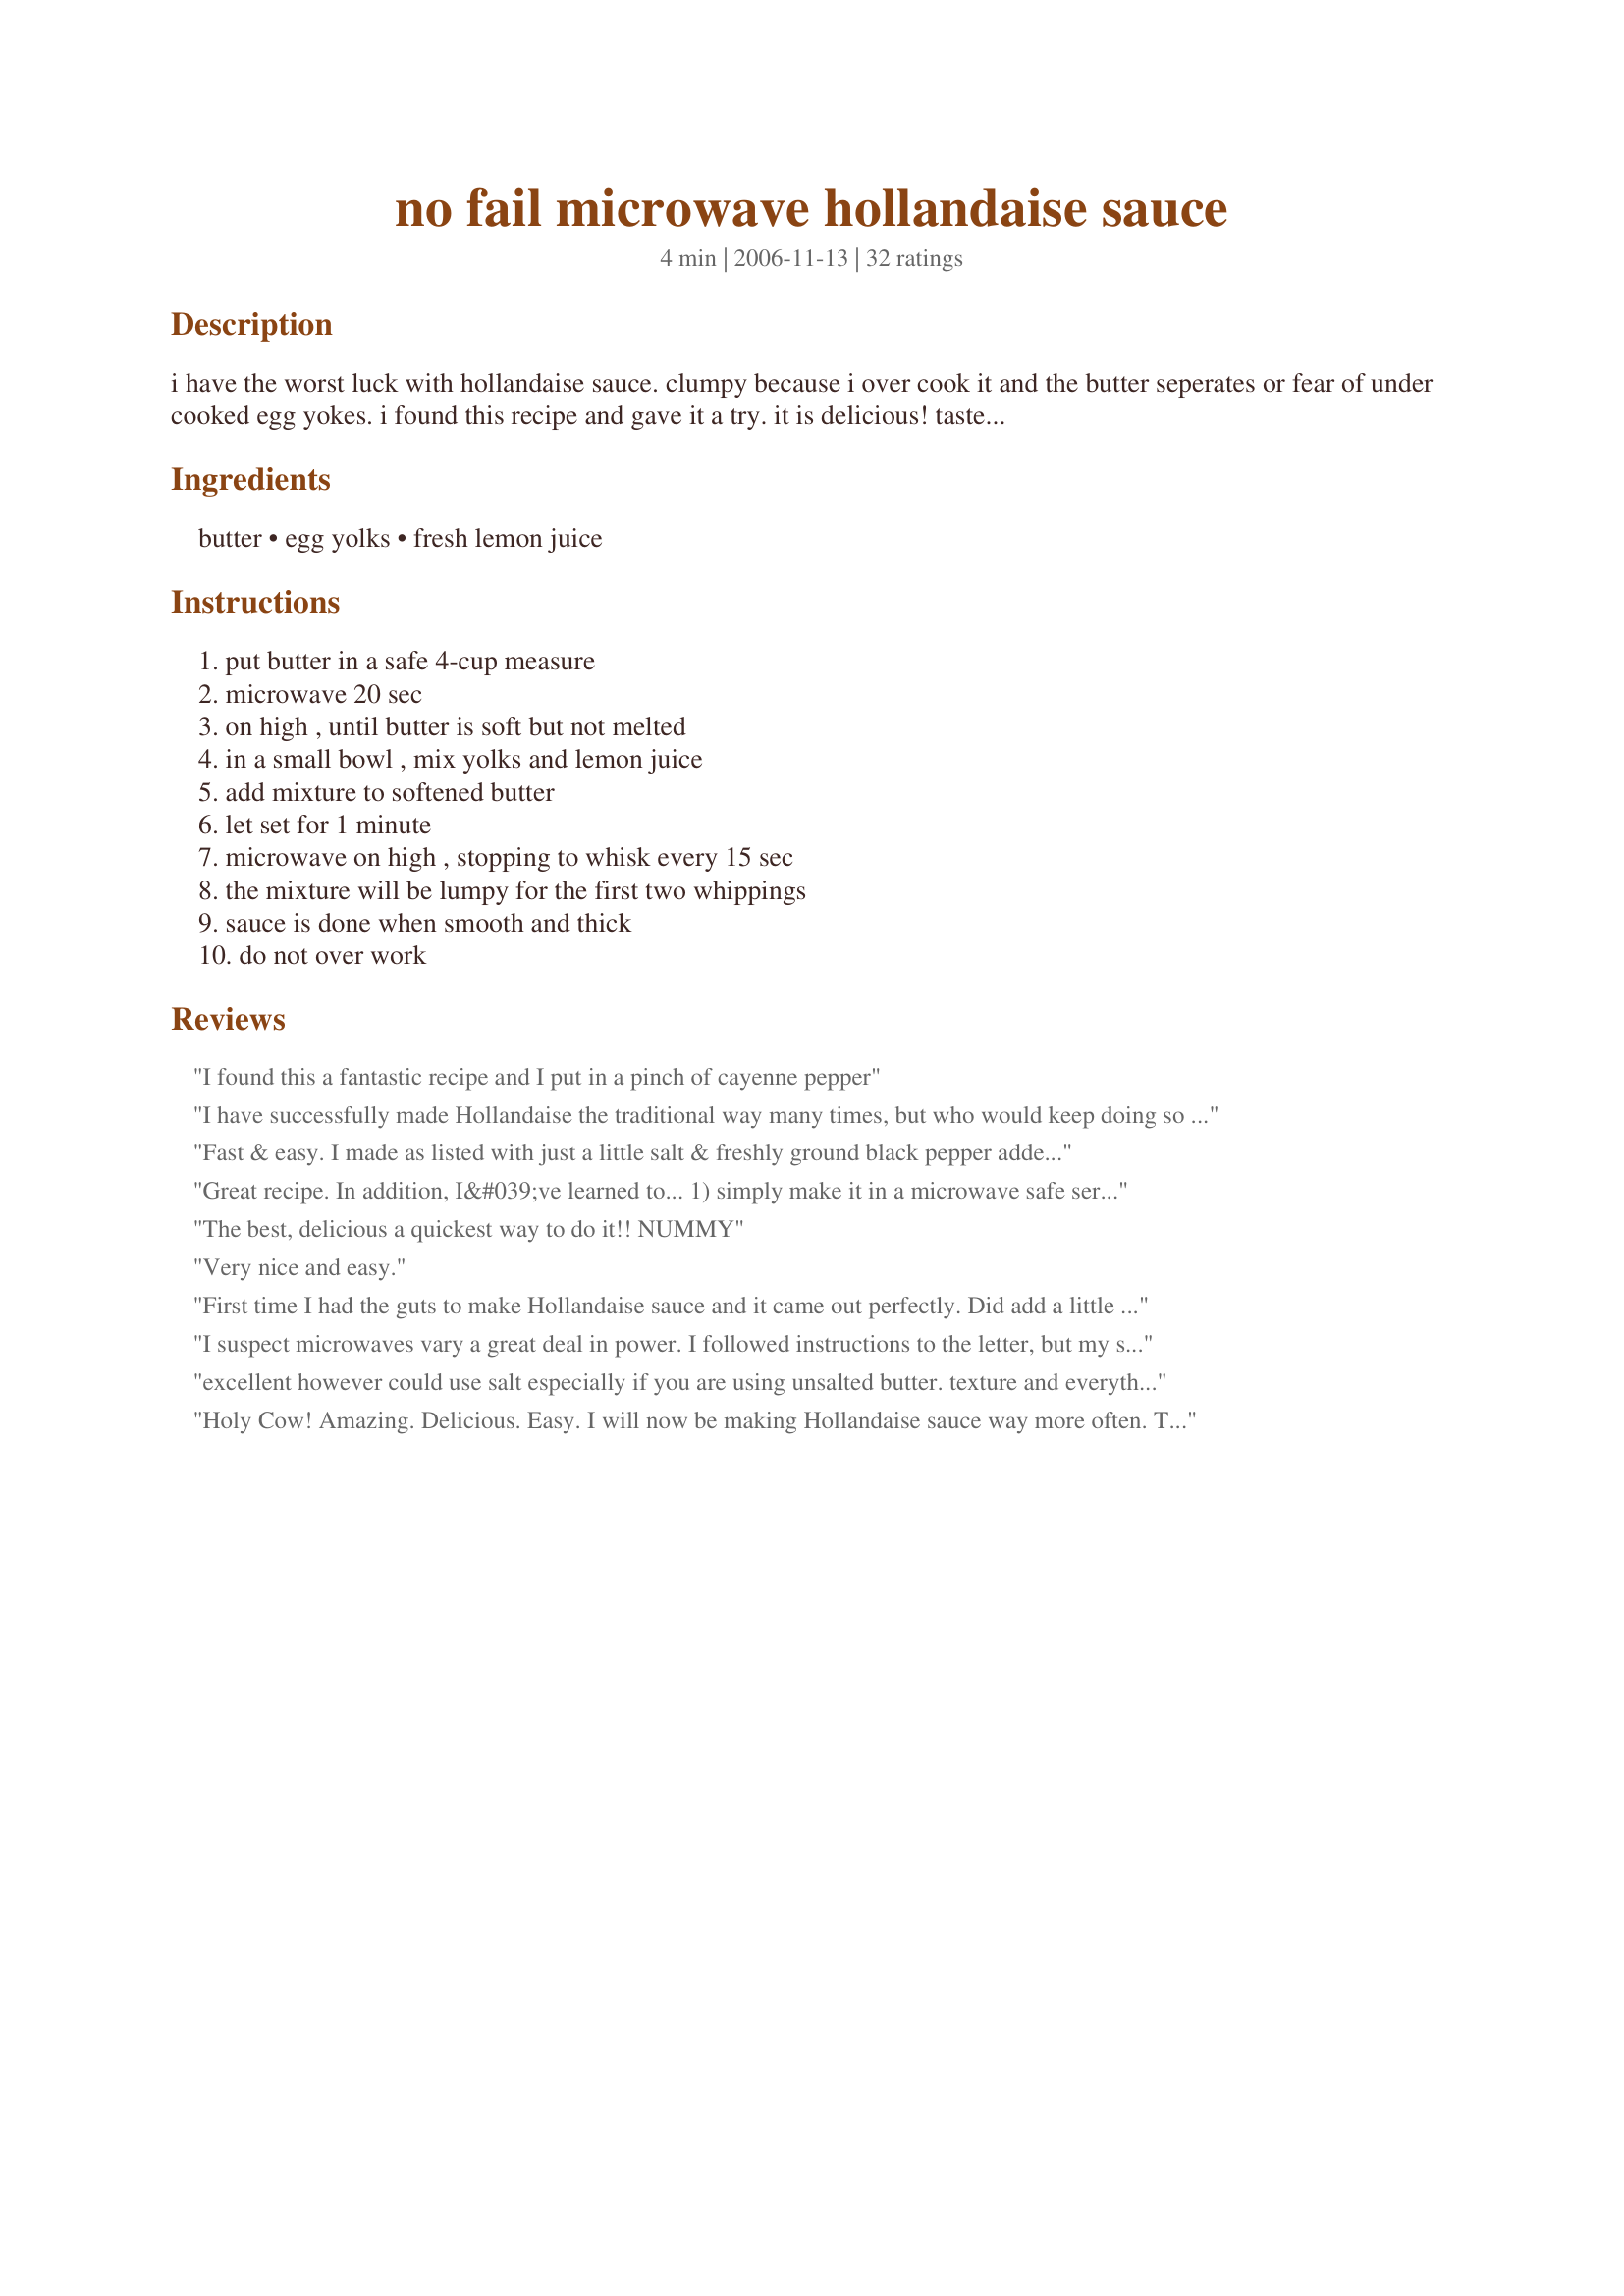
no fail microwave hollandaise sauce
Preparation time: 4 minutes

i have the worst luck with hollandaise sauce. clumpy because i over cook it and the butter seperates or fear of under cooked egg yokes. i found this recipe and gave it a try. it is delicious! tastes just like real sauce and so easy to make! just make sure you do not cook for more than 1 minute total!

Ingredients:
butter, egg yolks, fresh lemon juice

Steps:
put butter in a safe 4-cup measure, microwave 20 sec, on high , until butter is soft but not melted, in a small bowl , mix yolks and lemon juice, add mixture to softened butter, let set for 1 minute, microwave on high , stopping to whisk every 15 sec, the mixture will be lumpy for the first two whippings, sauce is done when smooth and thick, do not over work

Reviews:
I found this a fantastic recipe and I put in a pinch of cayenne pepper
I have successfully made Hollandaise the traditional way many times, but who would keep doing so after trying out this recipe? It takes 3mn, has never failed me (I have made it like 20 times!), tastes perfect (I do add a little salt and pepper), turns out smooth and satiny....I don&#039;t think I will ever make it the stovetop way again. Thank you for making my life easier. If you are reading the comments because you are unsure, doubt no longer and go get your microwave-safe bowl! :)
Fast & easy. I made as listed with just a little salt & freshly ground black pepper added to suit our taste with no problems. If it does separate just add a little boiling water & whisk it in and this should bring the mix back to creamy :)
A keeper in my book.
Great recipe. In addition, I&#039;ve learned to... 1) simply make it in a microwave safe serving dish, then straight to the table, 2) yes, don&#039;t let the butter fully melt, 3) add lemon directly to partially melted butter and stir w/ whisk (or fork*), 4) add egg yolks directly to mixture (since with addition of lemon it&#039;s now cool enough), 5) slowly warm for 3-5 minutes! at power level 1 (defrost). Stir and check half-way through then again at end--adding more time at power 1 as needed. *If all goes well, a fork is all the whisk you need. It works very well to cook 3/4 of the way through until it just starts to set, set aside until serving time, then zap it a little to finish, warm and serve.
The best, delicious a quickest way to do it!! NUMMY
Very nice and easy.
First time I had the guts to make Hollandaise sauce and it came out perfectly. Did add a little water so it wouldn't be lumpy, otherwise followed recipe. Used salted butter didn't need more salt<br/>thank u Jamie
I suspect microwaves vary a great deal in power. I followed instructions to the letter, but my sauce clumped and the butter separated. Good flavor though, so will try again, but stop at 30 seconds.
excellent however could use salt especially if you are using unsalted butter. texture and everything else was great
Holy Cow! Amazing. Delicious. Easy. I will now be making Hollandaise sauce way more often. This is a real winner.
Amazing, This is the only one Ill ever use now. I added about a tablespoon of mustard for flavour at the end, I felt it needed a little more acidity, but the mustard made that balance.
did as instructions, 1 minute to exact, love the taste will do again
Why is this method not better known? Fabulous, creamy hollandaise in minutes, with no danger of curdling or going wrong!
Fast, easy and great instructions, but most of all: DELICIOUS! It&#039;s a hit! This will be my go-to Hollandaise!
Great for first timers at hollandaise! I&#039;m a definitely a newbie to hollandaise and thought this would be a great way to ease my way in to the more difficult methods. My first try was an absolute failure. It ended in a curdled egg mixed with butter mess. I took advice from another reviewer on here and lowered the power on my microwave to 60 and stirred every 15 seconds for a minute. My second try turned out creamy and thick. The lemon in my second try was a bit overpowering but wasn&#039;t enough to put me off of eating it. I ate it as the sauce to my eggs benedict but next time, I&#039;ll definitely cut the lemon in half or possibly omit it all together. This version would be great on crab or lobster cakes as the lemon would be delicious!
I'm rating this 5 stars, even though it didn't work out for me, it still tasted great. After reading the other reviews makes me wonder if my microwave is too hot? My mixture separated and was a yucky mess. I will try again and reduce the power (need to figure out how to do that). I'm sure with a little patience I can make this work. Thanks Jamie for giving us an easy Hollandaise Sauce recipe!
Awesome simple recipe. Next time I will know without a shadow of a doubt to microwave for 1 minute at 60% as I watched it go from perfect, thick and fluffy to seperated mess at 1 minute 15 seconds. Oh well, definitly will be making it again.
It works! I too used 60% on mymicrowave and it took about 1 1/2 minutes. It was very thick and I prefer it thinner so added some water. Seasoned with salt, pepper and tabasco. Thanks!
You got it. This worked great! 45 sec total cooking.
I am forever indebted to you! I make this for special occasions a few times a year, and occasionally just because someone needs something special for breakfast (or dinner!). Works perfectly EVERY time. Love it!
This was great! As others, I added a little salt and pepper - I&#039;m sure other spices would be good also. &lt;br/&gt;&lt;br/&gt;Wanted to make this in advance for a big dinner. Checked online and found you really can&#039;t reheat Hollandaise. However, I pre-measured the ingredients in advance and then it took just 3 minutes for the final sauce.
OMG! Best Hollandaise Sauce recipe EVER! Soooo simple and easy and tastes great! No more double boilers!! This put the mushroom, asparagus strata I made for Sunday breakfast over the top! Thank you, thank you, thank you for sharing.
Quick and oh so easy!!! Followed the recipe exactly and it turned out amazing... thanks!
Second try ...
Yeah! My oven is 1050 Watts so I tried it again but reduced the power to 60% and also used only 2 tsp lemon juice because all I have is bottled stuff
Wow!!!!! Who knew hollandaise could be so easy. I made this for a breakfast throw together that I wanted something special to top it with and this fit the bill nicely. I made it exactly as the recipe suggested and it turned out perfect. It was super fast, smooth, silky and delicious! This will be the only hollandaise recipe in my folder that's for sure. Thanks for sharing!!
Fast, easy, and very tasty. The butter had fully melted rather than softened so popped it in freezer for a few minutes, followed the instructions and worked a treat.
This worked out extremely well and is SO easy. It had the proper texture, although it might be a tad too lemony and definitely needs some salt. I will absolutely make this again.
I made this months ago and just came back for it -- Hollandaise isn't something I have often, but I'm back for this recipe. It worked perfectly for my recipe. I do a traditional Eggs Benny, then add a slice of fresh tomato and about 2 tbsp of salsa.
I feel like I've at least got to give 2 stars since this turned out so well for everyone else, but it was a curdled mess for me - it looks like blended scrambled eggs! It does have a good flavor; perhaps would benefit from a bit of paprika or pepper. I think the issue could have been my microwave being too strong; the first direction is to soften the butter on high for 20 seconds- I did 70% for 20 seconds and the butter almost completely melted! This might explain why my sauce curdled after just two 15-second blasts in the microwave. I might give it another shot on lower heat settings, but I've already got a perfect recipe that I found on another site (but it has a splash of milk, which I was out of today).
So very easy and delicious! My DSiL has made it this way unsuccessfully - because her eggs curdle, but your method is truly no-fail if you follow your instructions to whisk every 15 seconds - smooth and creamy. I doubled the lemon juice (to DH's taste) and served it with Eggs Benedict. Perfect!! Thanks Jamie in North Carolina!
I followed this almost exactly - perfect results! Went 15 seconds at a time on full power, needed 1 minute total. My small variation was to puree some herbs from my garden in a mini blender, add a few Tbsp of the hollandaise to that and blend again. The herbs didn't quite puree so poured it through a little sieve back into the batch of hollandaise. Turned a pale green and tasted lovely - lightly herby and a delicate lemon taste. Served with Giada's Marinated Vegetables (beets, green beans and carrots) instead of the mustard dressing suggested. Brought this to a pot luck where I knew the rest of the food was going to be rather heavy. It took a while for people to discover my veggies, but once they did, the whole thing was devoured.
Love eggs Benedict but first time with this recipe and first time ever making hollandaise. Ever. Despite self-inflicted goof ups and gaffes, still turned out swimmingly. The eggs hardly complained a bit. Even the ham and muffin were happy, though the muffin, being English, was a tad understated. I over-melted butter, but many other reviewers have done the same. Few minutes in the freezer tightened things up. Then not enough lemon. Then too much. Then a tad more butter to even that out. Then too much nuking, then a return trip to the freezer. Despite all that, it still rocked the breakfast table and nary a palate was disappointed. Won't even bother with double-boiler traditional methods, except maybe for learning purposes. This was a very forgiving and very tasty recipe for whenever I'm feeling saucy in the mornings. Future tweaks will include lemon to taste, pinch o pepper, and maybe dill for herbilcious aftertaste of gardeny goodness. Possibly will add avocado for avohollandaise. Thanks for the recipe and thanks Genius Kitchen.
